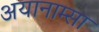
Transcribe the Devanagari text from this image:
अयानाम्सा